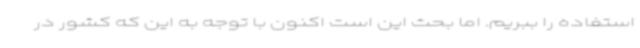
استفاده را ببریم. اما بحث این است اکنون با توجه به این که کشور در